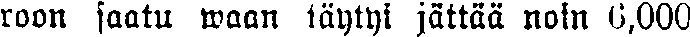
roon saatu waan täytyi jättää noin 6,000